Report on the working of the mental hospitals for Indians in Bihar and Orissa - 1925-1929
Year: 1925
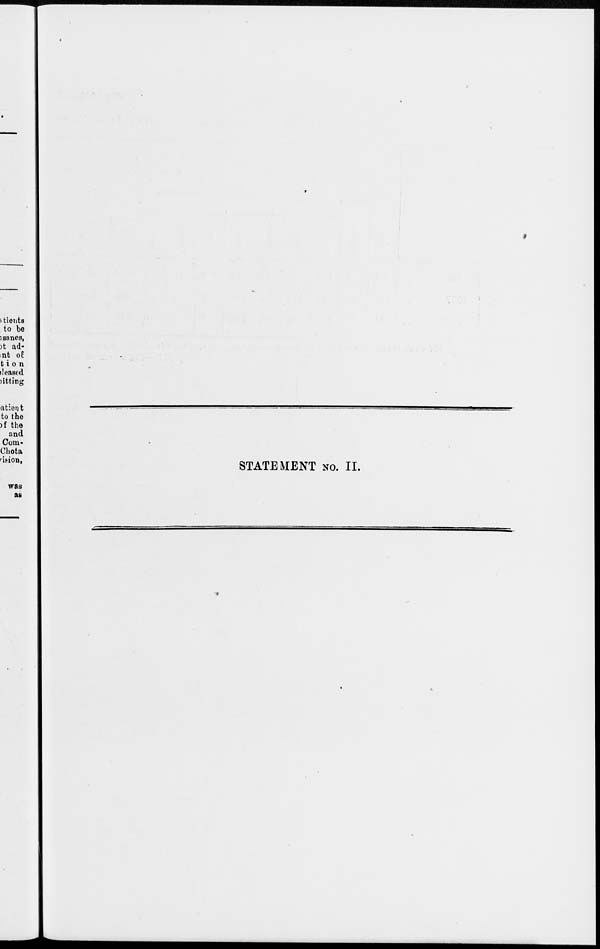
STATEMENT No. II.